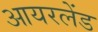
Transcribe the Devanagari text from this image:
आयरलेंड